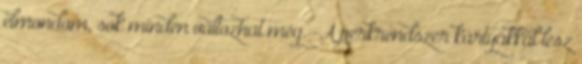
elmondom, sok minden változhat még. -A perkrendszer kártyákkal lesz